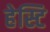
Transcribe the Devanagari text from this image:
हेस्टि